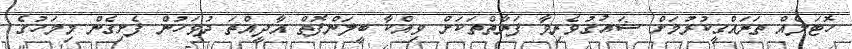
ހޮޓަލެއް ތަރައްގީކުރުމަށް ޝައުގުވެރިވާ ފަރާތްތަކަށް ވިއްކާ ބީލަންފޮތް އާދީއްތަ ދުވަހުން ފެށިގެން މިމަހުގެ